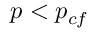
p < p _ { c f }